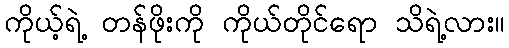
ကိုယ့်ရဲ့ တန်ဖိုးကို ကိုယ်တိုင်ရော သိရဲ့လား။